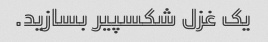
یک غزل شکسپیر بسازید.